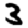
Digit: 3